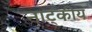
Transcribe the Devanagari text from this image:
नाट्कीय